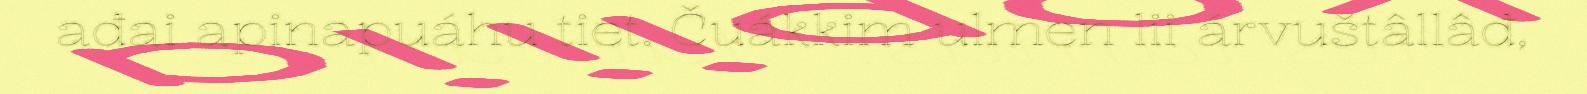
ađai apinapuáhu tiet. Čuákkim ulmen lii árvuštâllâđ,